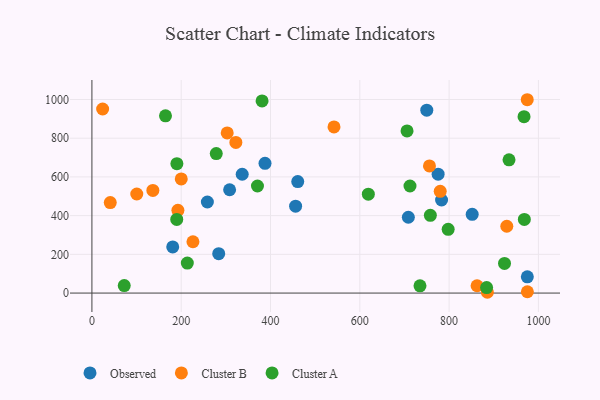
{"axis": {"x": "Investment", "y": "Profit"}, "legend": ["Cluster A", "Cluster B", "Observed"], "data": [{"x": "461.0", "y": 575.8, "type": "Observed"}, {"x": "708.7", "y": 391.7, "type": "Observed"}, {"x": "308.4", "y": 533.8, "type": "Observed"}, {"x": "750.0", "y": 944.9, "type": "Observed"}, {"x": "181.0", "y": 238.2, "type": "Observed"}, {"x": "258.6", "y": 470.5, "type": "Observed"}, {"x": "284.0", "y": 203.7, "type": "Observed"}, {"x": "975.2", "y": 83.8, "type": "Observed"}, {"x": "851.7", "y": 406.8, "type": "Observed"}, {"x": "783.1", "y": 480.8, "type": "Observed"}, {"x": "387.7", "y": 670.1, "type": "Observed"}, {"x": "456.2", "y": 448.8, "type": "Observed"}, {"x": "336.6", "y": 613.7, "type": "Observed"}, {"x": "775.4", "y": 614.2, "type": "Observed"}, {"x": "885.7", "y": 4.1, "type": "Cluster B"}, {"x": "192.6", "y": 427.6, "type": "Cluster B"}, {"x": "975.3", "y": 6.9, "type": "Cluster B"}, {"x": "862.6", "y": 37.8, "type": "Cluster B"}, {"x": "200.1", "y": 589.7, "type": "Cluster B"}, {"x": "226.3", "y": 265.2, "type": "Cluster B"}, {"x": "322.4", "y": 778.4, "type": "Cluster B"}, {"x": "780.1", "y": 525.5, "type": "Cluster B"}, {"x": "756.0", "y": 657.0, "type": "Cluster B"}, {"x": "100.5", "y": 511.8, "type": "Cluster B"}, {"x": "929.2", "y": 345.2, "type": "Cluster B"}, {"x": "41.1", "y": 467.7, "type": "Cluster B"}, {"x": "542.2", "y": 858.1, "type": "Cluster B"}, {"x": "303.0", "y": 827.2, "type": "Cluster B"}, {"x": "136.5", "y": 530.2, "type": "Cluster B"}, {"x": "975.0", "y": 998.8, "type": "Cluster B"}, {"x": "24.0", "y": 951.0, "type": "Cluster B"}, {"x": "712.4", "y": 553.1, "type": "Cluster A"}, {"x": "734.8", "y": 37.3, "type": "Cluster A"}, {"x": "278.5", "y": 720.6, "type": "Cluster A"}, {"x": "190.0", "y": 380.5, "type": "Cluster A"}, {"x": "924.1", "y": 153.2, "type": "Cluster A"}, {"x": "705.8", "y": 837.8, "type": "Cluster A"}, {"x": "967.8", "y": 911.2, "type": "Cluster A"}, {"x": "884.0", "y": 28.6, "type": "Cluster A"}, {"x": "619.1", "y": 510.8, "type": "Cluster A"}, {"x": "758.0", "y": 401.4, "type": "Cluster A"}, {"x": "370.8", "y": 553.0, "type": "Cluster A"}, {"x": "381.1", "y": 992.4, "type": "Cluster A"}, {"x": "190.3", "y": 668.2, "type": "Cluster A"}, {"x": "72.4", "y": 38.8, "type": "Cluster A"}, {"x": "934.2", "y": 688.2, "type": "Cluster A"}, {"x": "213.7", "y": 154.8, "type": "Cluster A"}, {"x": "164.8", "y": 915.6, "type": "Cluster A"}, {"x": "797.9", "y": 329.3, "type": "Cluster A"}, {"x": "968.5", "y": 380.5, "type": "Cluster A"}]}